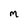
Character: m